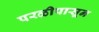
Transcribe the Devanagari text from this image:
परळीपासून